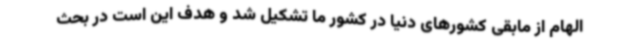
الهام از مابقی کشورهای دنیا در کشور ما تشکیل شد و هدف این است در بحث